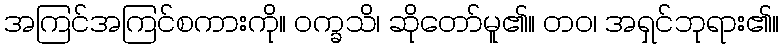
အကြင်အကြင်စကားကို။ ဝက္ခသိ၊ ဆိုတော်မူ၏။ တဝ၊ အရှင်ဘုရား၏။